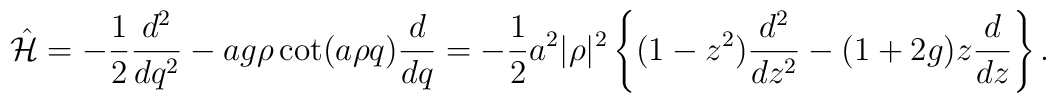
\hat{\cal H}=-{1\over2}{d^2\over{dq^2}}-ag\rho\cot(a\rho    q){d\over{dq}}=   -{1\over2}a^2|\rho|^2\left\{(1-z^2){d^2\over{dz^2}}-    (1+2g)z{d\over{dz}}\right\}.